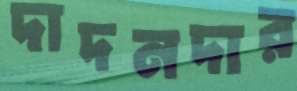
দাদনদার